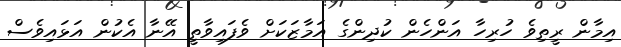
އިމާން ރީތިވެ ހުރިހާ އަންހެން ކުދިންގެ އަމާޒަކަށް ވެފައިވާތީ އޭނާ އެކުން އަޅައިވެސް